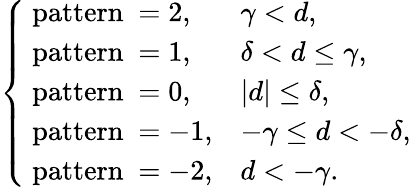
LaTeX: \left\{ \begin{array}{ll}{\mathrm{~pattern~}=2,}&{\gamma<d,}\\ {\mathrm{~pattern~}=1,}&{\delta<d\leq\gamma,}\\ {\mathrm{~pattern~}=0,}&{|d|\leq\delta,}\\ {\mathrm{~pattern~}=-1,}&{-\gamma\leq d<-\delta,}\\ {\mathrm{~pattern~}=-2,}&{d<-\gamma.}\end{array}\right.